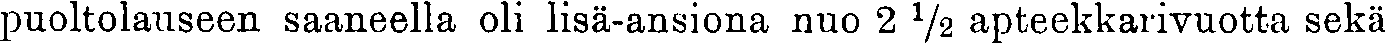
puoltolauseen saaneella oli lisä-ansiona nuo 2 ½ apteekkarivuotta sekä